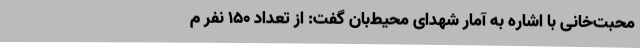
محبت‌خانی با اشاره به آمار شهدای محیط‌بان گفت: از تعداد ۱۵۰ نفر م